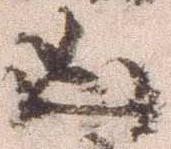
凶